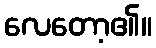
လေတော့၏။